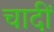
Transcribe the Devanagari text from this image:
चादीं